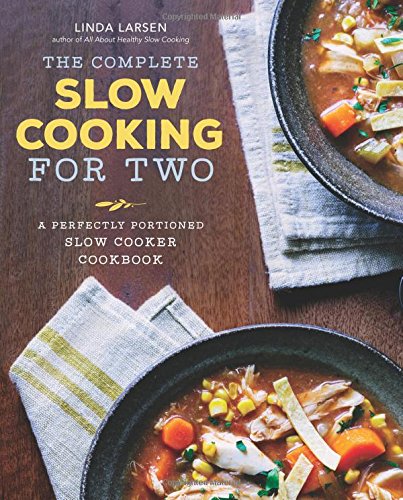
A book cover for The Complete Slow Cooking for Two: A Perfectly Portioned Slow Cooker Cookbook; Linda Larsen; Cookbooks, Food & Wine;